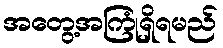
အတွေ့အကြုံရှိရမည်